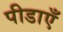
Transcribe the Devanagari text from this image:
पीडाएँ